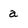
Character: a